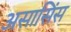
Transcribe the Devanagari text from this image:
असासिंस